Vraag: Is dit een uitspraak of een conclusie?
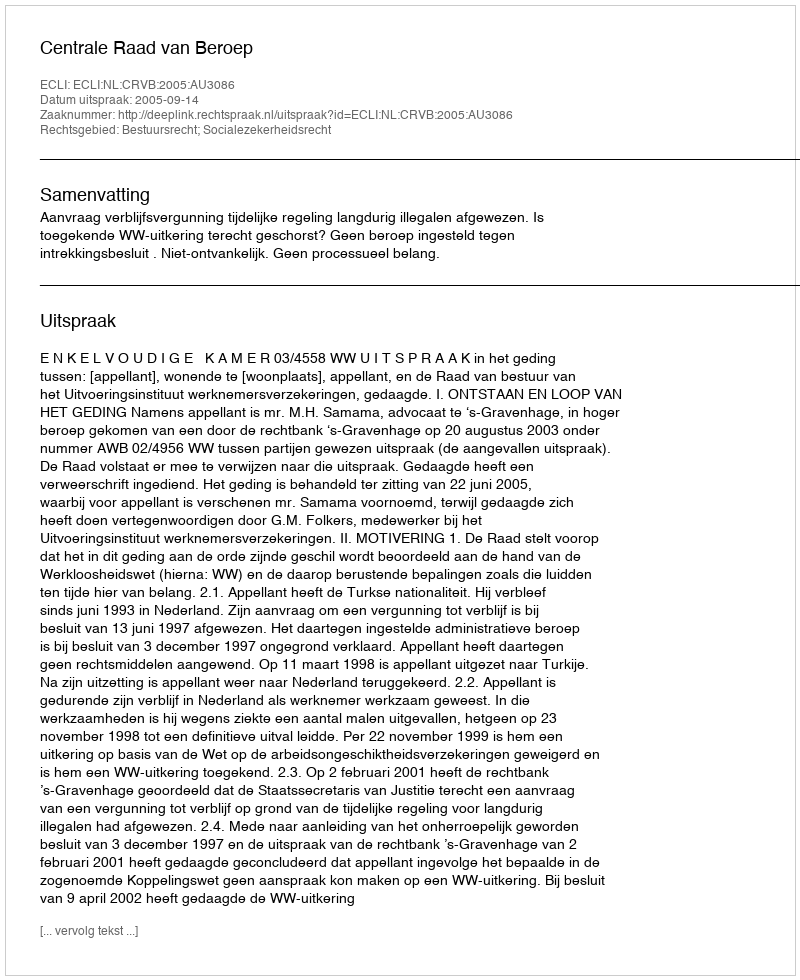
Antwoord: Uitspraak